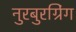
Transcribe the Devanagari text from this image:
नुरबुरग्रिंग